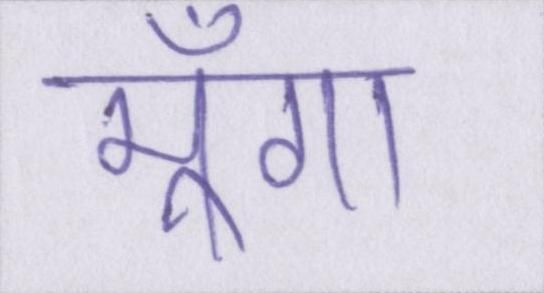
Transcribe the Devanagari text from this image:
मूँगा